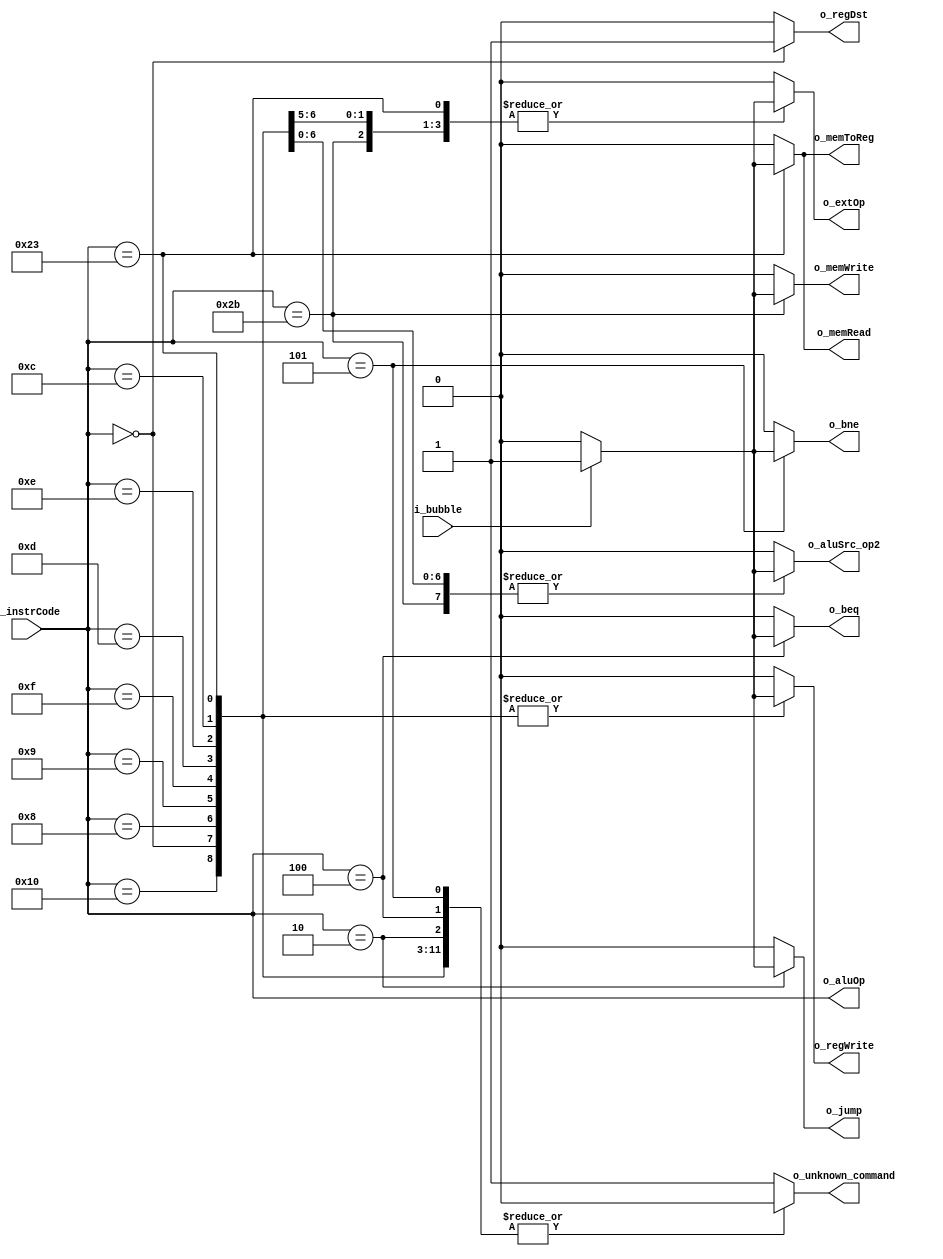
module control(i_instrCode,
               i_bubble, 
               o_regDst,
               o_jump, 
               o_beq,
			         o_bne,
               o_memToReg,
               o_aluOp,
               o_memWrite,
               o_memRead,
               o_aluSrc_op2,
               o_regWrite,
               o_extOp,
               o_unknown_command
               );

localparam OP_RTYPE = 6'h0, OP_ADDI = 6'h8, OP_ADDIU = 6'h9;
localparam OP_LUI = 6'b001111, OP_ORI = 6'b001101, OP_XORI = 6'b001110;
localparam OP_ANDI = 6'b001100;
localparam OP_LW = 6'h23, OP_SW = 6'h2B;
localparam OP_BEQ = 6'h4, OP_J = 6'h2, OP_BNE = 6'h5;  
localparam OP_COP0 = 6'b010000;  
  
input         [5:0]  i_instrCode; 
input                i_bubble; 
output    reg        o_regDst;
output    reg        o_jump; 
output    reg        o_beq;
output	  reg        o_bne;
output    reg        o_memToReg;
output    reg [5:0]  o_aluOp;
output    reg        o_memWrite;
output    reg        o_memRead;
output    reg        o_aluSrc_op2;
output    reg        o_regWrite;
output    reg        o_extOp;
output    reg        o_unknown_command;

always @(i_instrCode, i_bubble) begin
    o_regDst        = 1'b0;
    o_regWrite      = 1'b0;
    o_aluSrc_op2    = 1'b0;
    o_beq           = 1'b0;
		o_bne	          = 1'b0;
    o_jump	        = 1'b0;
    o_memWrite      = 1'b0;
    o_memToReg      = 1'b0;
    o_aluOp         = i_instrCode;
    o_extOp         = 1'b0;
    o_memRead       = 1'b0;
    o_unknown_command = 1'b0;

    case(i_instrCode)
      OP_RTYPE: 
        begin
        o_regDst   = 1'b1;
        if (i_bubble) 
          begin
		        o_regWrite = 1'b1;
    		    end
      		end
      OP_ADDI:
      	begin
  		  if (i_bubble) 
          begin
		        o_regWrite     = 1'b1;
      		  o_aluSrc_op2   = 1'b1;
      		  o_extOp        = 1'b1;
    		  end
      	end
  		OP_ADDIU:
  		  begin
      	if (i_bubble) 
          begin
		        o_regWrite    = 1'b1;
      		  o_aluSrc_op2  = 1'b1;
      		  o_extOp       = 1'b1;
    		  end
      	end
      OP_LUI:
        begin
        if (i_bubble)
          begin
            o_regWrite    = 1'b1;
            o_aluSrc_op2  = 1'b1;
          end
        end
      OP_ORI:
        begin
        if (i_bubble)
          begin
            o_regWrite    = 1'b1;
            o_aluSrc_op2  = 1'b1;
          end
        end
      OP_XORI:
        begin
        if (i_bubble)
          begin
            o_regWrite    = 1'b1;
            o_aluSrc_op2  = 1'b1;
          end
        end
      OP_ANDI:
        begin
        if (i_bubble)
          begin
            o_regWrite    = 1'b1;
            o_aluSrc_op2  = 1'b1;
          end
        end
  	  OP_LW:
	      begin
      	if (i_bubble) 
          begin
      		  o_regWrite    = 1'b1;
      		  o_aluSrc_op2  = 1'b1;
      		  o_memToReg    = 1'b1;
      		  o_extOp       = 1'b1;
      		  o_memRead     = 1'b1;
    		  end
      	end
  	  OP_SW:
	      begin
      	if (i_bubble) 
          begin
      		  o_aluSrc_op2   = 1'b1;
      		  o_memWrite     = 1'b1;
      		  o_extOp        = 1'b1;
      		end
      	end
  	  OP_J:
	     	begin
      	if (i_bubble) 
          begin
      		  o_jump	    = 1'b1;
    		  end
      	end
  	  OP_BEQ:
      	begin
      	if (i_bubble) 
          begin     		  
      		  o_beq      = 1'b1;     		
      		end
      	end
      OP_BNE:
      	begin
      	if (i_bubble) 
          begin
			      o_bne	     = 1'b1;
      		end
      	end
      OP_COP0:
        begin
          if (i_bubble) 
            o_regWrite    = 1'b1;
        end
      default:
        begin
          o_unknown_command = 1'b1;
        end
  	endcase
end	
endmodule